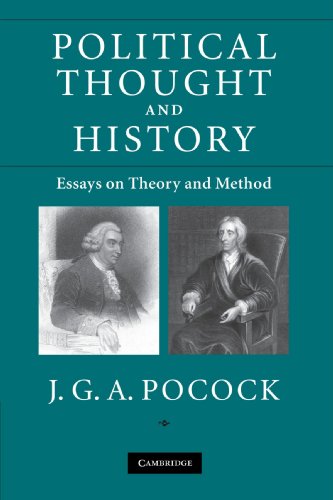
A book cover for Political Thought and History: Essays on Theory and Method; J. G .A. Pocock; Politics & Social Sciences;